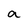
Character: a